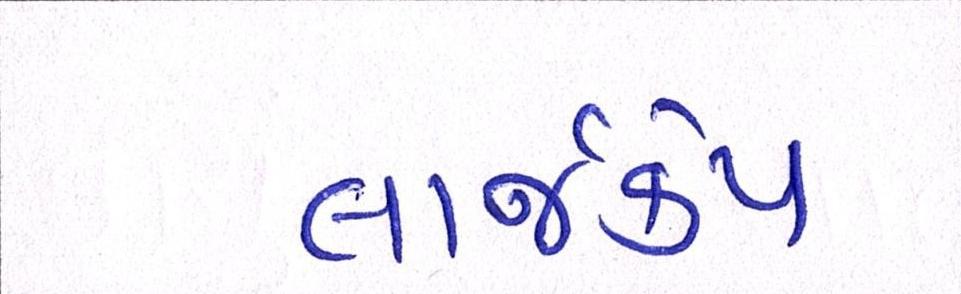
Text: લાર્જકેપ